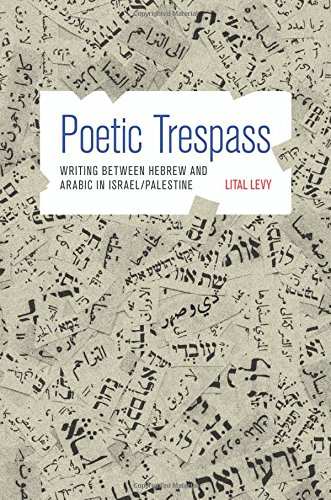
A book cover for Poetic Trespass: Writing between Hebrew and Arabic in Israel/Palestine; Lital Levy; Literature & Fiction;